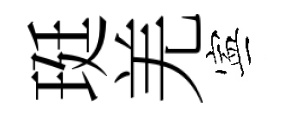
珽羌寕